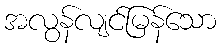
အလွန်လျင်မြန်သော